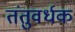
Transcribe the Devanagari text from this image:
तंतुवर्धक